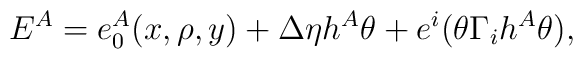
E^A=e^A_0(x,\rho,y)+\Delta\eta h^A\theta+e^i(\theta\Gamma_i h^A\theta),